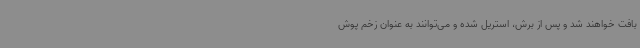
بافت خواهند شد و پس از برش، استریل شده و می‌توانند به عنوان زخم پوش